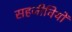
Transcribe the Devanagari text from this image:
सहजीवियों